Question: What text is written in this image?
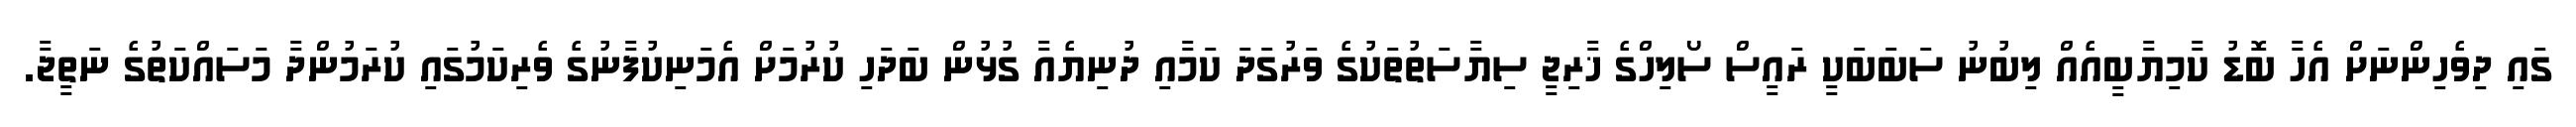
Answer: ގައި ދިވެހިންނަށް އެހާ ބޮޑު ކާމިޔާބީއެއް ލިބުނު ސަބަބަކީ ރައީސް ސޯލިހްގެ ޚާރިޖީ ސިޔާސަތުތަކުގެ ވަރުގަދަ ކަމާއި ދުނިޔެއާ ގުޅުން ބަދަހި ކުރުމަށް އެމަނިކުފާނުގެ ވެރިކަމުގައި ކުރަމުންދާ މަސައްކަތުގެ ނަތީޖާ.